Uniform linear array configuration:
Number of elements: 64
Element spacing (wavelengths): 1
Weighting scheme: exponential
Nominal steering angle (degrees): -15
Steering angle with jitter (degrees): -15.151
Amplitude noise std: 0.05
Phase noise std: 0.05

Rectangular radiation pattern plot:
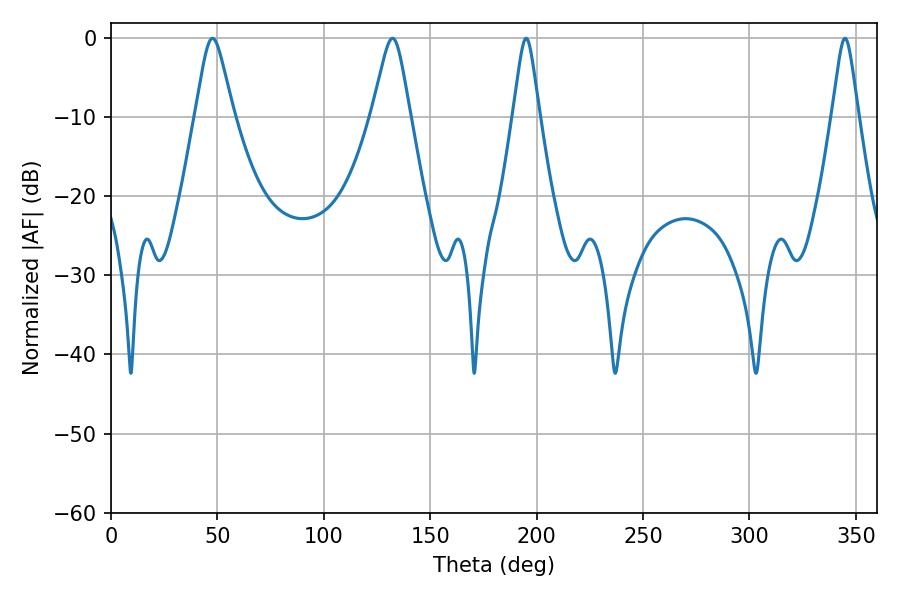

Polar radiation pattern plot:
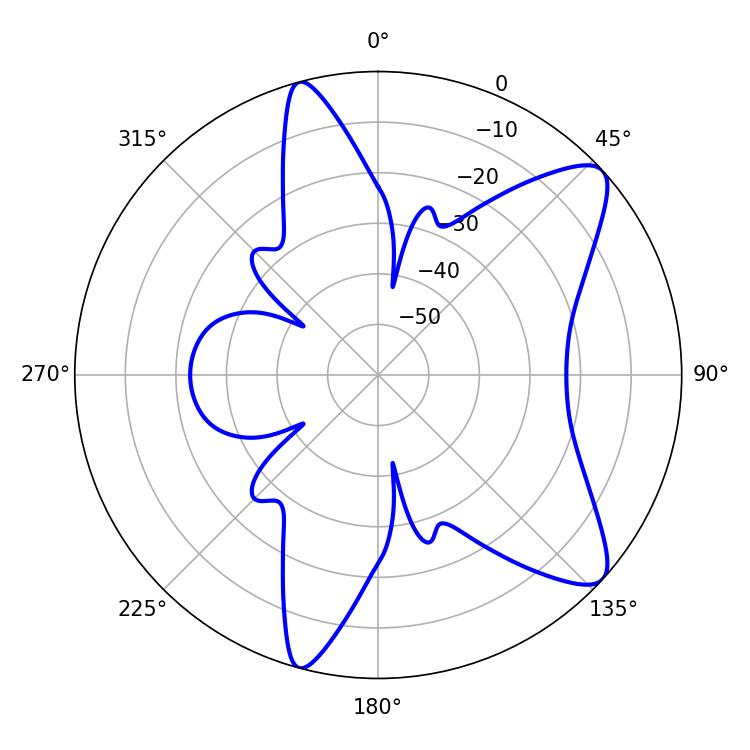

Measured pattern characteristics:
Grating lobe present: TRUE
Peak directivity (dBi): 9.798
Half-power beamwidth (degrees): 8.46
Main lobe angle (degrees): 47.7